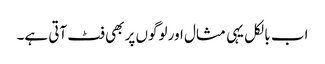
اب بالکل یہی مثال اور لوگوں پر بھی فٹ آتی ہے۔